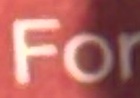
For